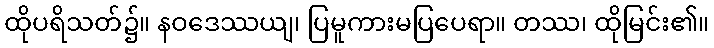
ထိုပရိသတ်၌။ နဝဒေဿယျ၊ ပြမူကားမပြပေရာ။ တဿ၊ ထိုမြင်း၏။